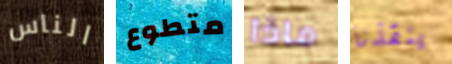
الناس متطوع ماذا ينقذنا